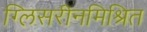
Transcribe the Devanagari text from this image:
ग्लिसरीनमिश्रित